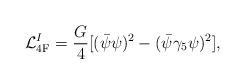
LaTeX: \begin{align*}{\cal L}^I_{\rm 4F}=\frac{G}{4}[(\bar{\psi}\psi)^2-(\bar{\psi}\gamma_5\psi)^2],\end{align*}